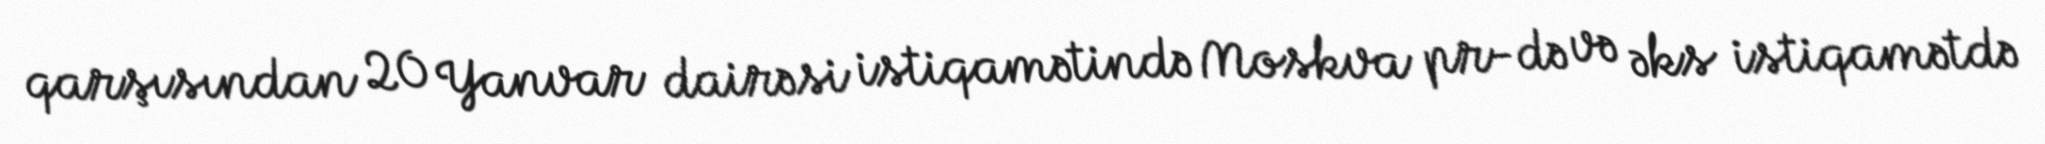
qarşısından 20 Yanvar dairəsi istiqamətində Moskva pr-də və əks istiqamətdə